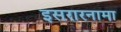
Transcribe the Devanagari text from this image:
इसरारनामा